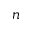
n